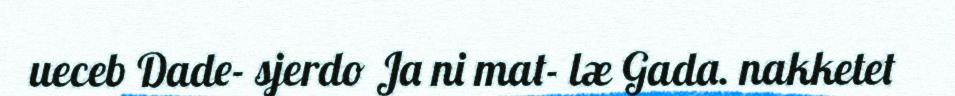
ueceb Dade- sjerdo Ja ni mat- læ Gada. nakketet